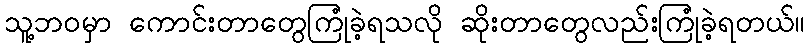
သူ့ဘဝမှာ ကောင်းတာတွေကြုံခဲ့ရသလို ဆိုးတာတွေလည်းကြုံခဲ့ရတယ်။